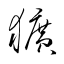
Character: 獷